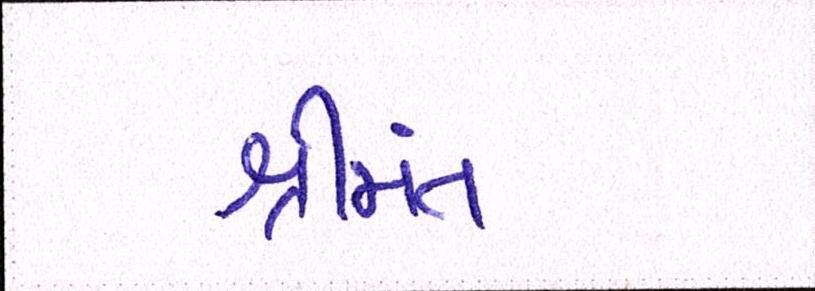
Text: શ્રીમંત